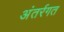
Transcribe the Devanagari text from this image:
अंतर्रगत